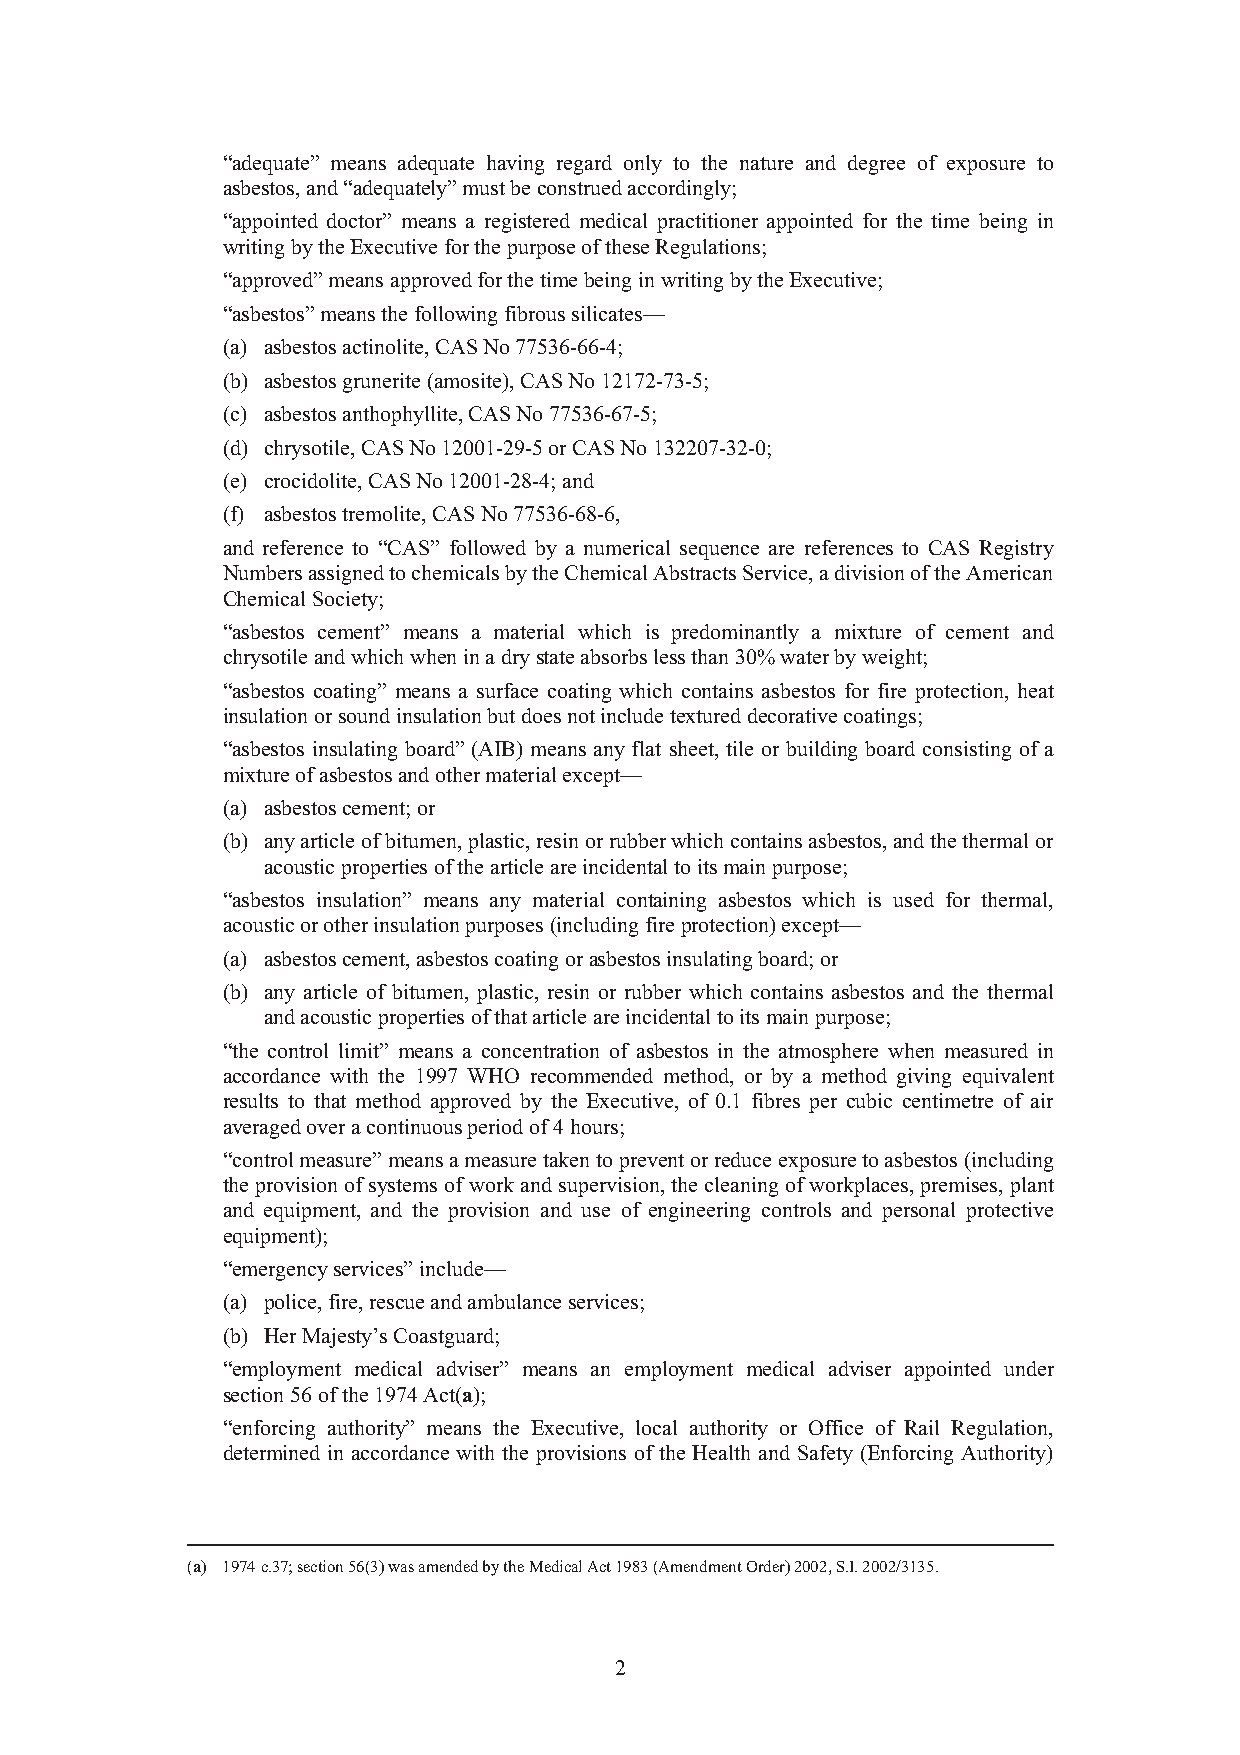
“adequate” means adequate having regard only to the nature and degree of exposure to
 asbestos, and “adequately” must be construed accordingly;
 “appointed doctor” means a registered medical practitioner appointed for the time being in
 writing by the Executive for the purpose of these Regulations;
 “approved” means approved for the time being in writing by the Executive;
 “asbestos” means the following fibrous silicates—
 (a) asbestos actinolite, CAS No 77536-66-4;
 (b) asbestos grunerite (amosite), CAS No 12172-73-5;
 (c) asbestos anthophyllite, CAS No 77536-67-5;
 (d) chrysotile, CAS No 12001-29-5 or CAS No 132207-32-0;
 (e) crocidolite, CAS No 12001-28-4; and
 (f) asbestos tremolite, CAS No 77536-68-6,
 and reference to “CAS” followed by a numerical sequence are references to CAS Registry
 Numbers assigned to chemicals by the Chemical Abstracts Service, a division of the American
 Chemical Society;
 “asbestos cement” means a material which is predominantly a mixture of cement and
 chrysotile and which when in a dry state absorbs less than 30% water by weight;
 “asbestos coating” means a surface coating which contains asbestos for fire protection, heat
 insulation or sound insulation but does not include textured decorative coatings;
 “asbestos insulating board” (AIB) means any flat sheet, tile or building board consisting of a
 mixture of asbestos and other material except—
 (a) asbestos cement; or
 (b) any article of bitumen, plastic, resin or rubber which contains asbestos, and the thermal or
 acoustic properties of the article are incidental to its main purpose;
 “asbestos insulation” means any material containing asbestos which is used for thermal,
 acoustic or other insulation purposes (including fire protection) except—
 (a) asbestos cement, asbestos coating or asbestos insulating board; or
 (b) any article of bitumen, plastic, resin or rubber which contains asbestos and the thermal
 and acoustic properties of that article are incidental to its main purpose;
 “the control limit” means a concentration of asbestos in the atmosphere when measured in
 accordance with the 1997 WHO recommended method, or by a method giving equivalent
 results to that method approved by the Executive, of 0.1 fibres per cubic centimetre of air
 averaged over a continuous period of 4 hours;
 “control measure” means a measure taken to prevent or reduce exposure to asbestos (including
 the provision of systems of work and supervision, the cleaning of workplaces, premises, plant
 and equipment, and the provision and use of engineering controls and personal protective
 equipment);
 “emergency services” include—
 (a) police, fire, rescue and ambulance services;
 (b) Her Majesty’s Coastguard;
 “employment medical adviser” means an employment medical adviser appointed under
 section 56 of the 1974 Act(a);
 “enforcing authority” means the Executive, local authority or Office of Rail Regulation,
 determined in accordance with the provisions of the Health and Safety (Enforcing Authority)
 (a) 1974 c.37; section 56(3) was amended by the Medical Act 1983 (Amendment Order) 2002, S.I. 2002/3135.
 2